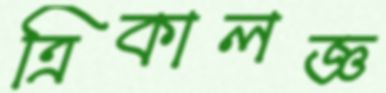
ত্রিকালজ্ঞ